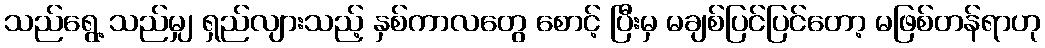
သည်ရွေ့ သည်မျှ ရှည်လျားသည့် နှစ်ကာလတွေ စောင့် ပြီးမှ မချစ်ပြင်ပြင်တော့ မဖြစ်တန်ရာဟု